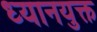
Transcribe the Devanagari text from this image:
ध्‍यानयुक्त